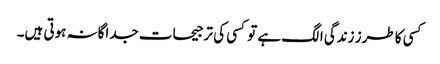
کسی کا طرز زندگی الگ ہے تو کسی کی ترجیحات جداگانہ ہوتی ہیں۔